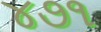
૪૭૧